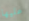
عليها